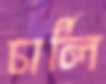
চার্লি